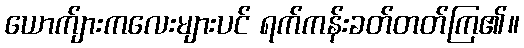
ယောက်ျားကလေးများပင် ရက်ကန်းခတ်တတ်ကြ၏။